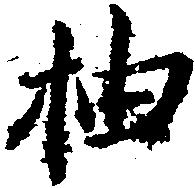
抽